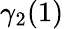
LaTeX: \gamma_{2}(1)